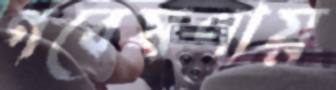
গবেষণায়